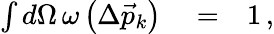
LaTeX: \begin{array}{rlr}{\int d\Omega\, \omega\left(\Delta\vec{p}_{k}\right)}&{{}=}&{1\, ,}\end{array}